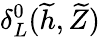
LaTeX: \delta_{L}^{0}(\widetilde{h},\widetilde{Z})